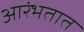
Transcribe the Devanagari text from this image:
आरंभतात